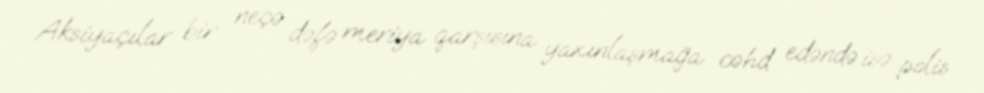
Aksiyaçılar bir neçə dəfə meriya qarşısına yaxınlaşmağa cəhd edəndə isə polis